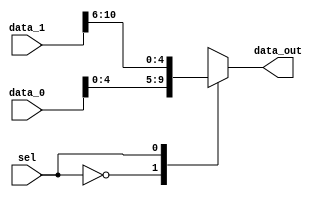
module mux_Shift_n (
    input wire         sel,
    input wire  [31:0] data_0, // B
    input wire  [15:0] data_1, // inst[15:0]
    output reg [4:0] data_out
);
    always @(*) begin
        case (sel)
            1'd0: data_out = data_0[4:0]; // B[4:0]
            1'd1: data_out = data_1[10:6]; // inst[10:6]
        endcase 
    end 

endmodule